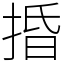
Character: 捪